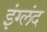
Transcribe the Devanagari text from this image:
इंग्लंद